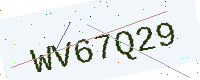
Text: WV67Q29